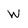
Character: W